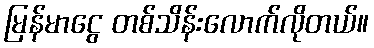
မြန်မာငွေ တစ်သိန်းလောက်လိုတယ်။